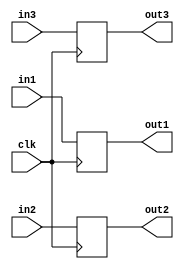
`timescale 1ns / 1ps
//////////////////////////////////////////////////////////////////////////////////
// Company: 
// Engineer: 
// 
// Design Name: 
// Module Name: banda_de_asamblare
// Project Name: 
// Target Devices: 
// Tool Versions: 
// Description: 
// 
// Dependencies: 
// 
// Revision:
// Revision 0.01 - File Created
// Additional Comments:
// 
//////////////////////////////////////////////////////////////////////////////////
module registru1(clk,in1,in2,in3,out1,out2,out3);
input clk ;
input[7:0] in1;
input[7:0] in2;
input[7:0] in3;

output[7:0] out1;
output[7:0] out2;
output[7:0] out3;

reg[7:0] out1;
reg[7:0] out2;
reg[7:0] out3;


always @(posedge clk)
begin
    out1 = in1 ;
    out2 = in2 ;
    out3 = in3 ;
end 
endmodule

module registru2(clk,in1,in2,out1,out2);
input clk ;
input[7:0] in1;
input[7:0] in2;


output[7:0] out1;
output[7:0] out2;


reg[7:0] out1;
reg[7:0] out2;



always @(posedge clk)
begin
    out1 = in1 ;
    out2 = in2 ;

end 
endmodule

module registru3(clk,in1,out1);
input clk ;
input[7:0] in1;
output[7:0] out1;

reg[7:0] out1;

always @(posedge clk)
begin
    out1 = in1 ;

end 
endmodule


module banda_de_asamblare(clk, a, b, c, d, e, f, o);
input clk;
input[7:0] a;
input[7:0] b;
input[7:0] c;
input[7:0] d;
input[7:0] e;
input[7:0] f;
output[7:0] o;

wire[7:0] w1,w2,w3,w4,w5,w6,w7,w8,w9,w10,w11,o;

assign w1 = a / b;
assign w2 = c / d;
assign w3 = e /f;
registru1 r1(clk,w1,w2,w3,w4,w5,w6);

assign w7 = w4 * w5;
registru2 r2(clk,w7,w6,w8,w9);

assign w10 = w8 - w9;
registru3 r3(clk,w10,w11);

assign o = w11;



endmodule